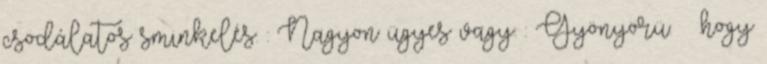
csodálatos sminkelés. : Nagyon ügyes vagy. : Gyönyörü.^^ .hogy